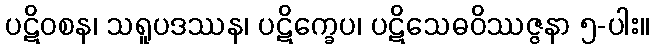
ပဋိဝစန၊ သရူပဒဿန၊ ပဋိက္ခေပ၊ ပဋိသေဓဝိဿဇ္ဇနာ ၅-ပါး။